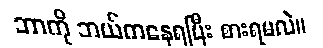
ဘာကို ဘယ်ကနေရပြီး စားရမလဲ။